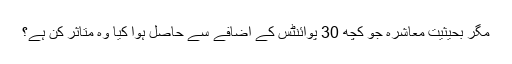
مگر بحیثیت معاشرہ جو کچھ 30 پوائنٹس کے اضافے سے حاصل ہوا کیا وہ متاثر کن ہے؟